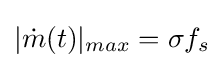
|{\dot {m}}(t)|_{max}=\sigma f_{s}